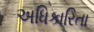
અધિકારિતા